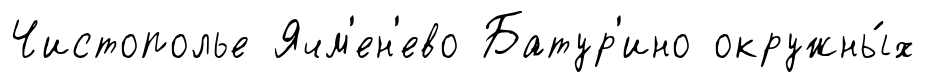
Чистополье Ячм'ен'ево Батур'ино окружны́х